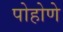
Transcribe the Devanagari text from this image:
पोहोणे